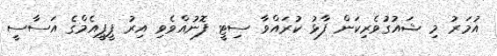
އުމަރު މި ޝައުގުވެރިކަން ފާޅު ކުރައްވާ ސިޓީ ފޮނުއްވެވި އިރު ޕީޕީއެމްގެ އަސާސީ